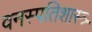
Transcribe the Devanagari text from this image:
वनस्पतिशास्त्र्